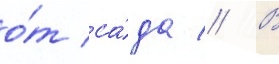
о́т са́да // В